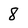
Character: 8